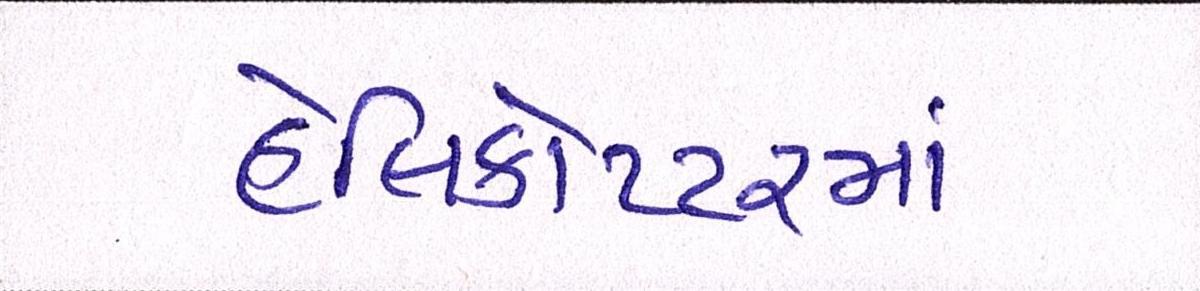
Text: હેલિકોપ્ટરમાં